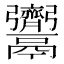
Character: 𩱳